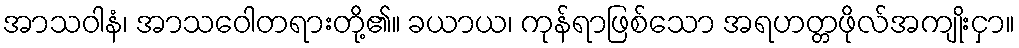
အာသဝါနံ၊ အာသဝေါတရားတို့၏။ ခယာယ၊ ကုန်ရာဖြစ်သော အရဟတ္တဖိုလ်အကျိုးငှာ။